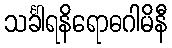
သင်္ခါရနိရောဓဂါမိနီ